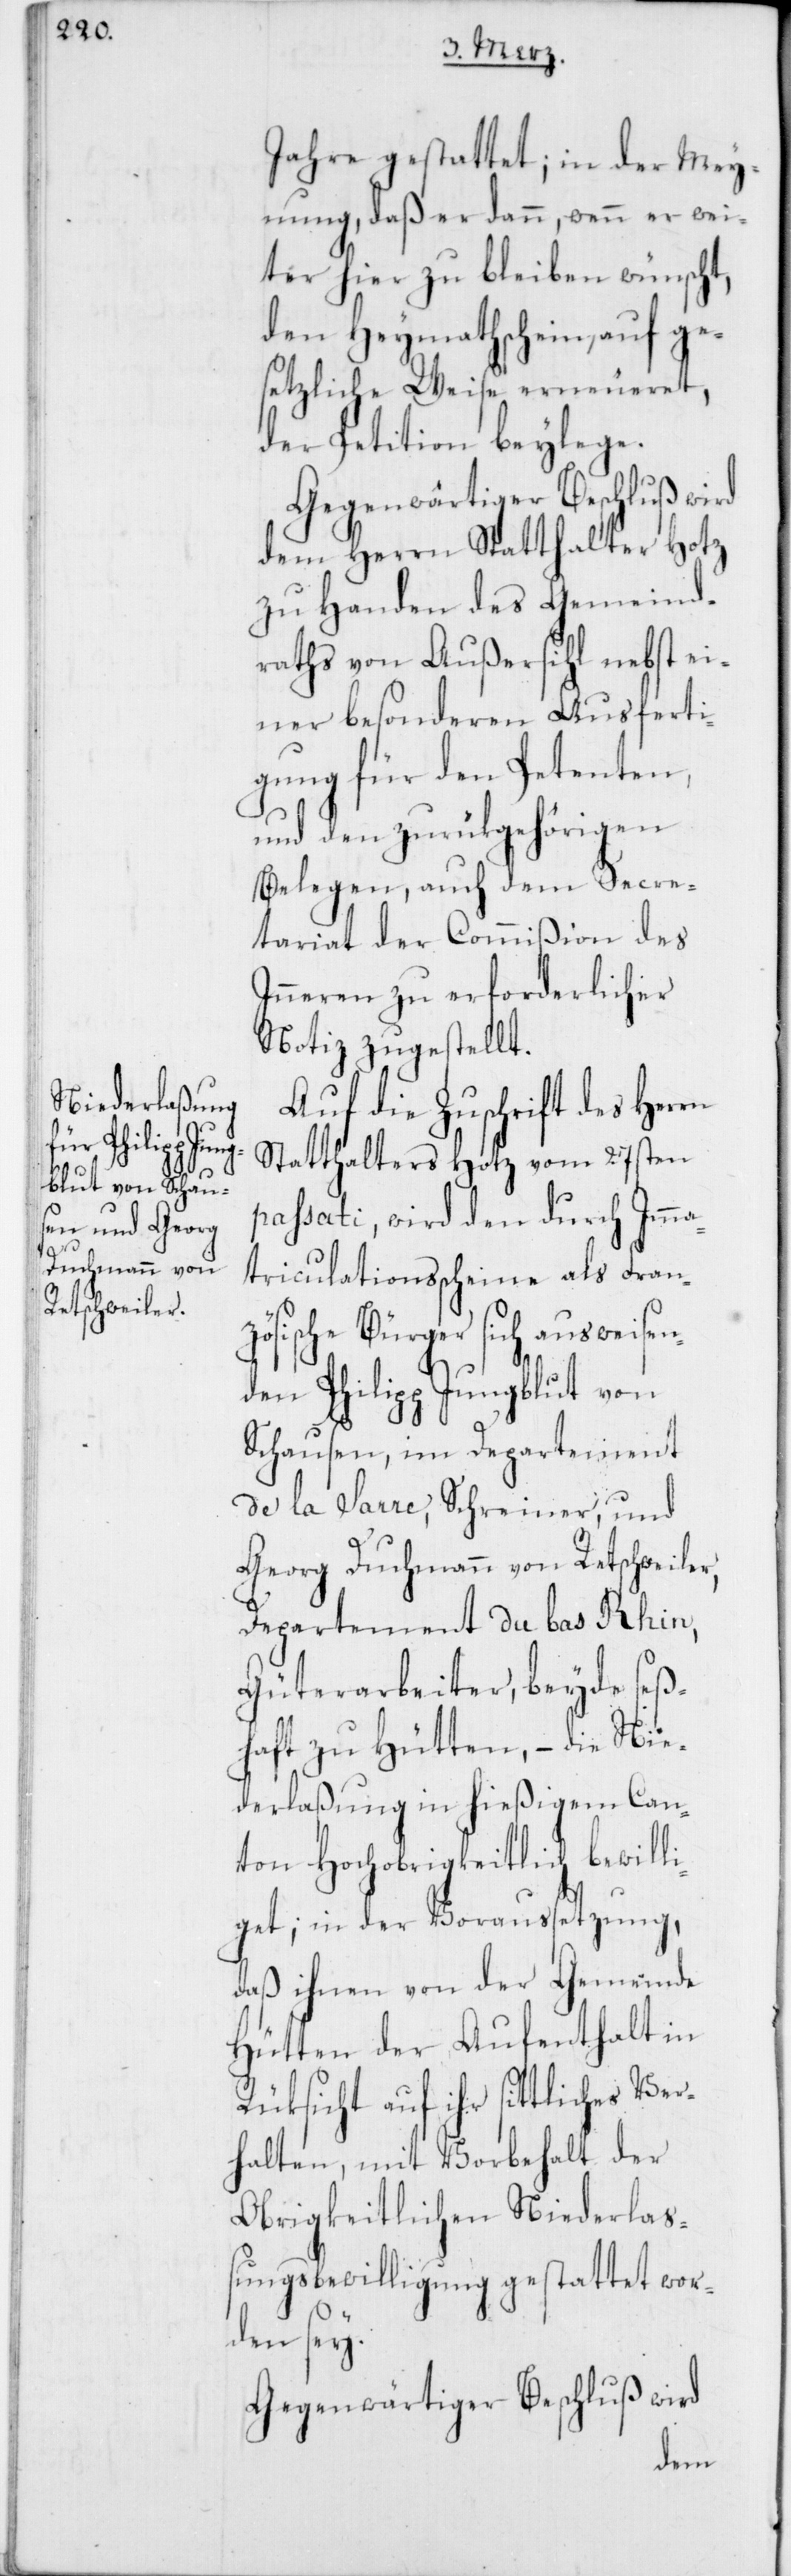
Jahre gestattet; in der Mey¬
nung, daß er dann, wenn er wei¬
ter hier zu bleiben wünscht,
den Heymathschein auf ge¬
setzliche Weise erneueret,
der Petition beylege.
Gegenwärtiger Beschluß wird
dem Herrn Statthalter Hotz
zu Handen des Gemeind¬
raths von Außersihl nebst ei¬
ner besonderen Ausferti¬
gung für den Petenten,
und den zurükgehörigen
Belegen, auch dem Secre¬
tariat der Commißion des
Inneren zu erforderlicher
Notiz zugestellt.
Auf die Zuschrift des Herrn
Statthalters Hotz vom 27sten
passati, wird den durch Imma¬
triculationsscheine als Fran¬
zösische Bürger sich ausweisen¬
den Philipp Jungblut von
Schausen, im Departement
de la Sarre, Schreiner, und
Georg Duchmann von Retschweiler,
Departement du bas Rhin,
Güterarbeiter; beyde seß¬
haft zu Hütten, – die Nie¬
derlaßung in hießigem Can¬
ton Hochobrigkeitlich bewill¬
iget; in der Voraussetzung,
daß ihnen von der Gemeinde
Hütten der Aufenthalt in
Rüksicht auf ihr sittliches Ver¬
halten, mit Vorbehalt der
Obrigkeitlichen Niederla¬
ßungsbewilligung gestattet wor¬
den sey.
Gegenwärtiger Beschluß wird